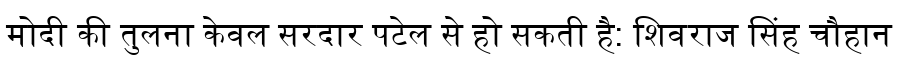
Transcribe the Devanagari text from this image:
मोदी की तुलना केवल सरदार पटेल से हो सकती है: शिवराज सिंह चौहान